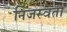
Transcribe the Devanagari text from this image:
निजस्वता